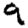
Digit: 9